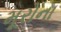
મૂરોના